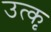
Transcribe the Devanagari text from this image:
उत्कृ